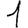
Digit: 1